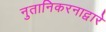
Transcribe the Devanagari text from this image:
नुतानिकरनाद्वारे